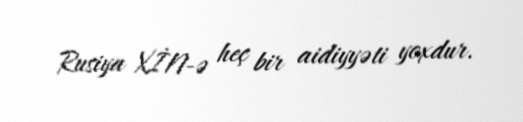
Rusiya XİN-ə heç bir aidiyyəti yoxdur.